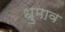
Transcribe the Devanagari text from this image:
धुमाव